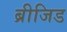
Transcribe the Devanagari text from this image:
ब्रीजिड